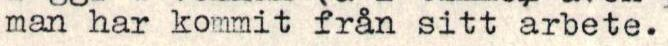
man har kommit från sitt arbete.